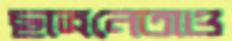
ছাত্রনেতাও